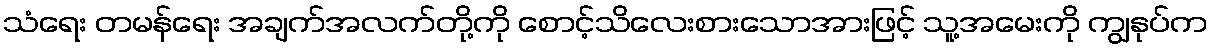
သံရေး တမန်ရေး အချက်အလက်တို့ကို စောင့်သိလေးစားသောအားဖြင့် သူ့အမေးကို ကျွနုပ်က